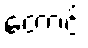
တောင့်